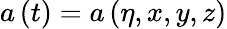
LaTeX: a\left(t\right)=a\left(\eta,x,y,z\right)